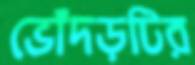
ভোঁদড়টির